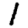
Digit: 1